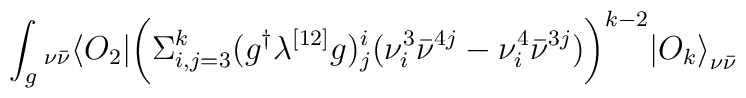
\int_g {}_{\nu\bar\nu}\langle O_2 | \biggl( \Sigma_{i,j=3}^{k} (g^\dagger \lambda^{[12]} g)^i_j(\nu^3_i {\bar\nu}^{4j} -\nu^4_i {\bar\nu}^{3j})\biggr)^{k-2}{| O_k\rangle}_{\nu\bar\nu}